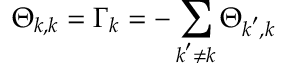
\Theta _ { \boldsymbol { k } , \boldsymbol { k } } = \Gamma _ { \boldsymbol { k } } = - \sum _ { \boldsymbol { k } ^ { \prime } \neq \boldsymbol { k } } \Theta _ { \boldsymbol { k } ^ { \prime } , \boldsymbol { k } }